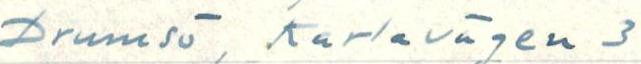
Drumsö, Karlavägen 3